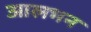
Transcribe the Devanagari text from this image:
आलभन